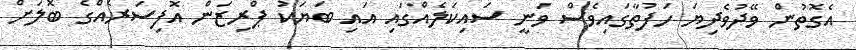
އެގޮތުން ވޭދުވެދިޔަ ހަފުތާގައިވެސް ވަނީ ސައިކަލެއްގައި އައި ބަޔަކު ޕްރިޒަން އޮފިސަރެއްގެ ބޮލަށް